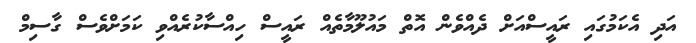
އަދި އެކަމުގައި ރައީސްއަށް ދެއްވެން އޮތް މައުލޫމާތެއް ރައީސް ހިއްސާކުރެއްވި ކަމަށްވެސް ގާސިމް